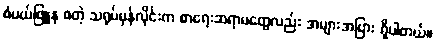
စံပယ်ဖြူနု စတဲ့ သရုပ်မှန်လိုင်းက စာရေးဆရာမတွေလည်း အများအပြား ရှိပါတယ်။